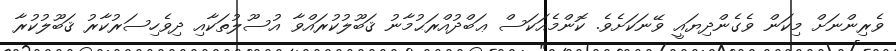
ވެރިންނަށް މިކަން ވެގެންދިޔައީ ވޭނަކަށެވެ. ކޮންމެއަކަސް ޢަބްދުއްރަޙުމާނު ޤަބޫލުކުރައްވާ އުސޫލުތަކާއި ދިވެހިސަރުކާރު ޤަބޫލުކުރާ